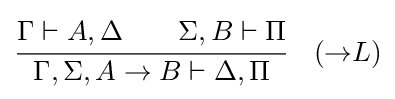
{\cfrac {\Gamma \vdash A,\Delta \qquad \Sigma ,B\vdash \Pi }{\Gamma ,\Sigma ,A\rightarrow B\vdash \Delta ,\Pi }}\quad ({\rightarrow }L)